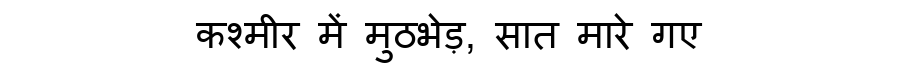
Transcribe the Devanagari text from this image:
कश्मीर में मुठभेड़, सात मारे गए